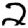
Digit: 2